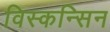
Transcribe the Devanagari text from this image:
विस्कन्सिन